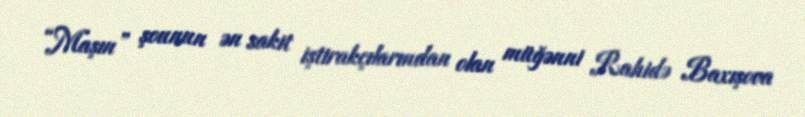
“Maşın” şounun ən sakit iştirakçılarından olan müğənni Rahidə Baxışova